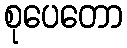
စုပေတော